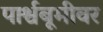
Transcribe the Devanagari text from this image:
पार्श्वबूमीवर